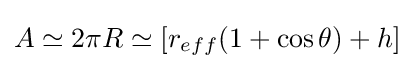
A\simeq 2\pi R\simeq [r_{eff}(1+\cos \theta )+h]